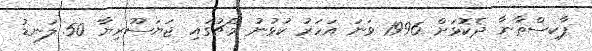
ޕާކިސްތާނާ ދެކޮޅަށް 1996 ވަނަ އަހަރު ކުޅުނު މެޗުގައި ޖަޔަސޫރިޔާ 50 ލަނޑު